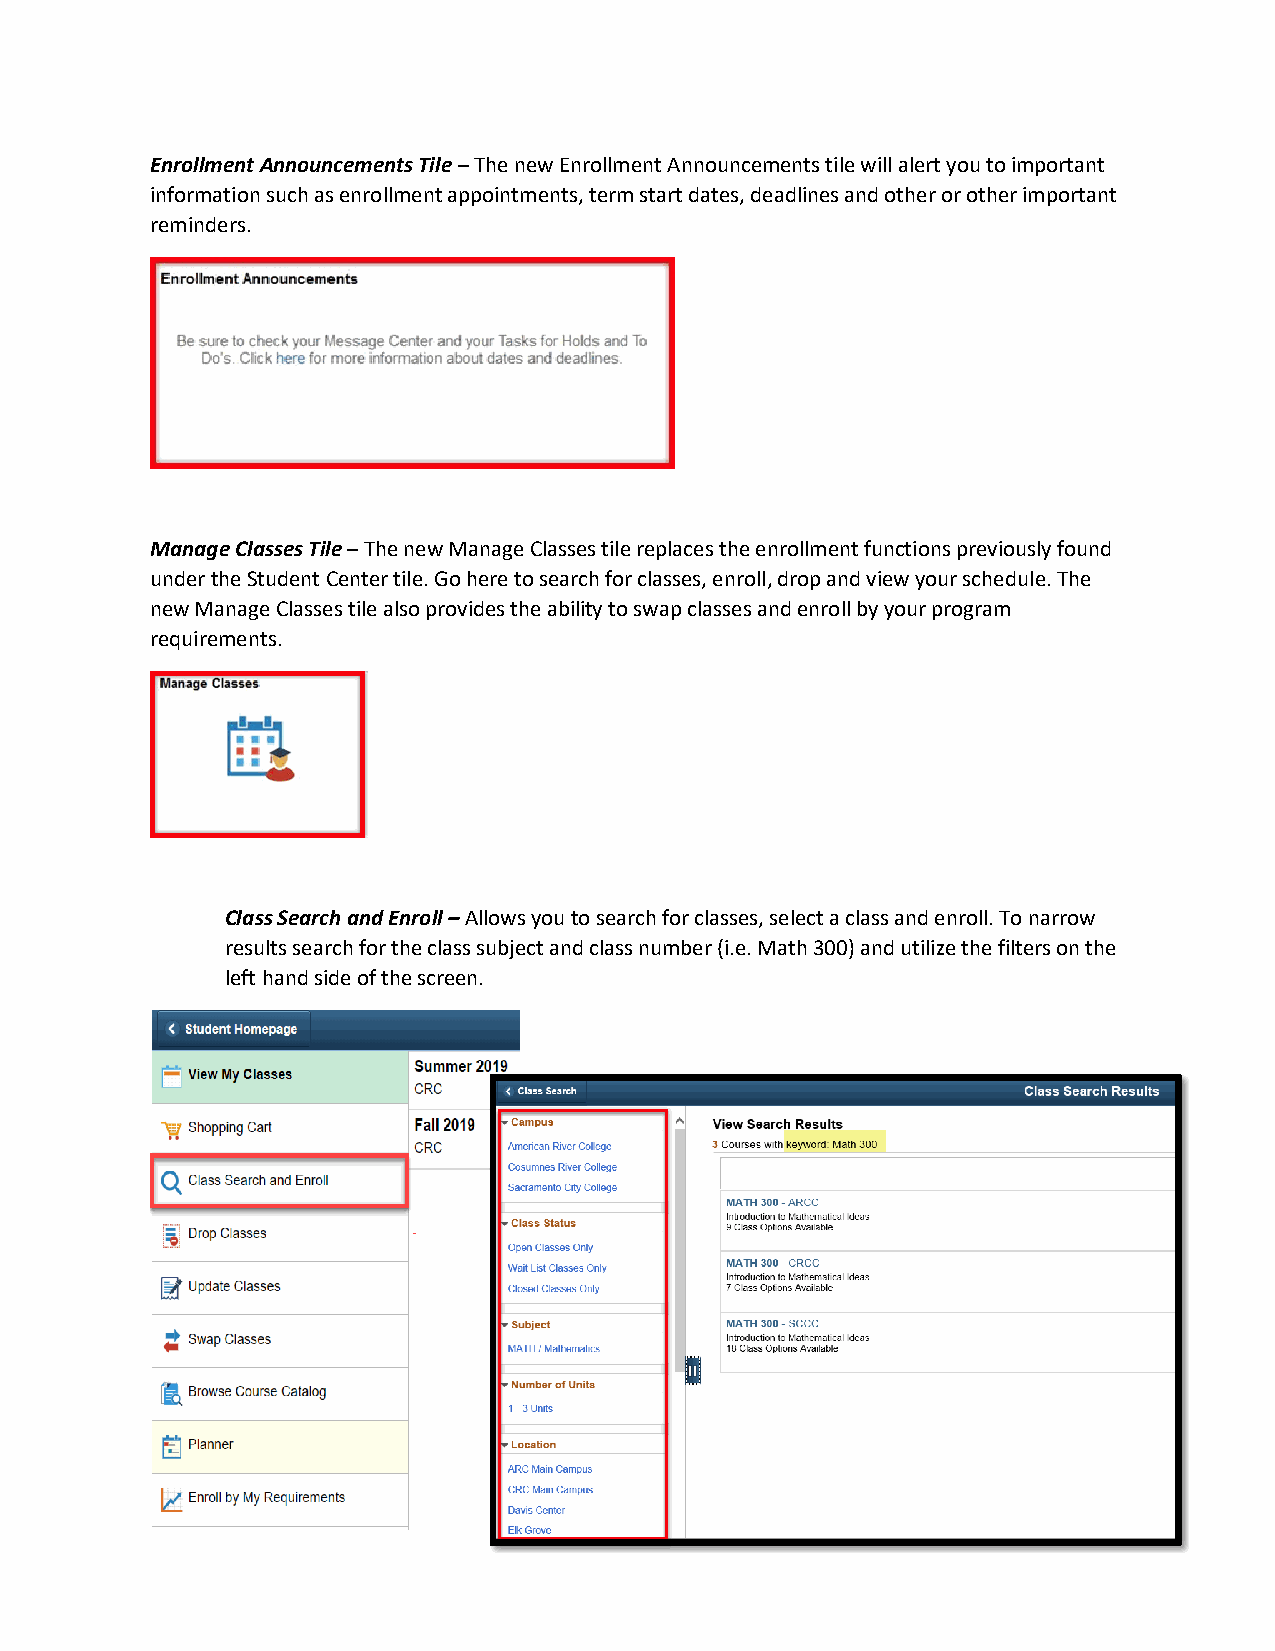
Enrollment Announcements Tile – The new Enrollment Announcements tile will alert you to important
 information such as enrollment appointments, term start dates, deadlines and other or other important
 reminders.
 Manage Classes Tile – The new Manage Classes tile replaces the enrollment functions previously found
 under the Student Center tile. Go here to search for classes, enroll, drop and view your schedule. The
 new Manage Classes tile also provides the ability to swap classes and enroll by your program
 requirements.
 Class Search and Enroll – Allows you to search for classes, select a class and enroll. To narrow
 results search for the class subject and class number (i.e. Math 300) and utilize the filters on the
 left hand side of the screen.